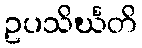
ဥပသိင်္ဃတိ